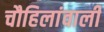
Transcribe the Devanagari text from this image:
चौहिलांवाली